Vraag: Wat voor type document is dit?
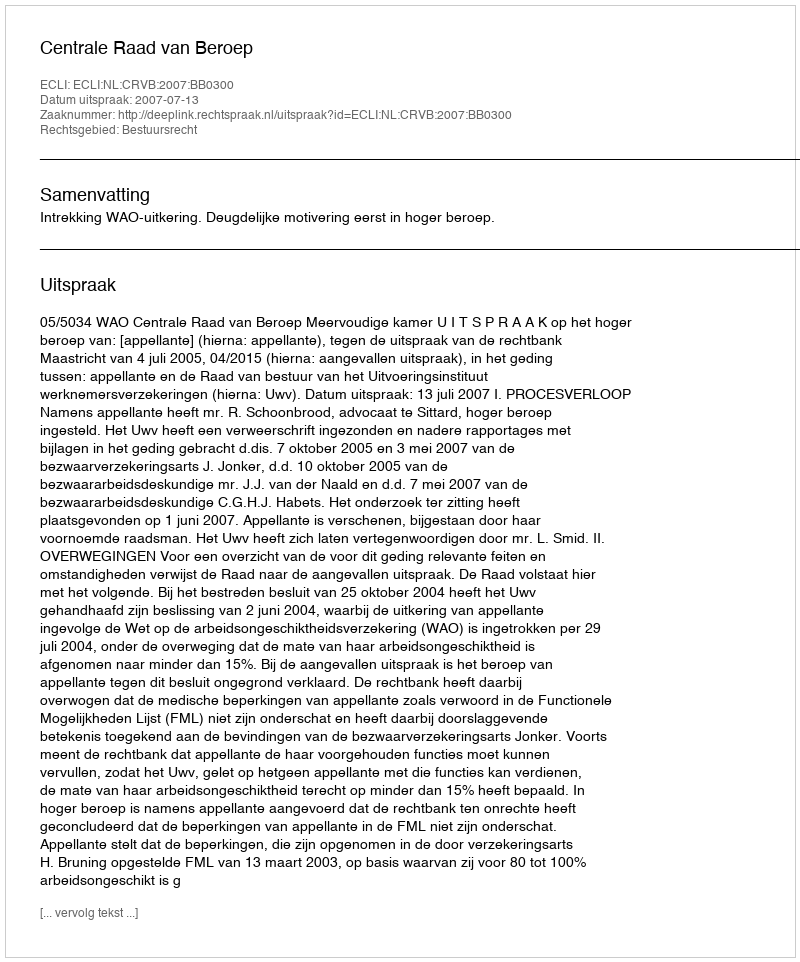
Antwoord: Uitspraak